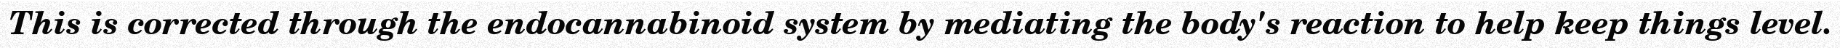
This is corrected through the endocannabinoid system by mediating the body's reaction to help keep things level.